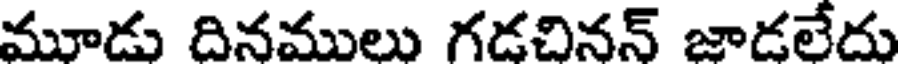
మూడు దినములు గడచినన్ జాడలేదు